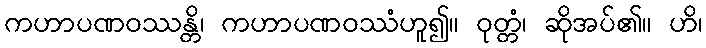
ကဟာပဏဝဿန္တိ၊ ကဟာပဏဝဿံဟူ၍။ ဝုတ္တံ၊ ဆိုအပ်၏။ ဟိ၊